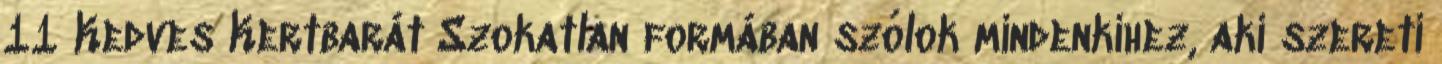
11 Kedves Kertbarát Szokatlan formában szólok mindenkihez, aki szereti